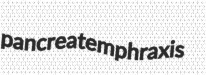
pancreatemphraxis